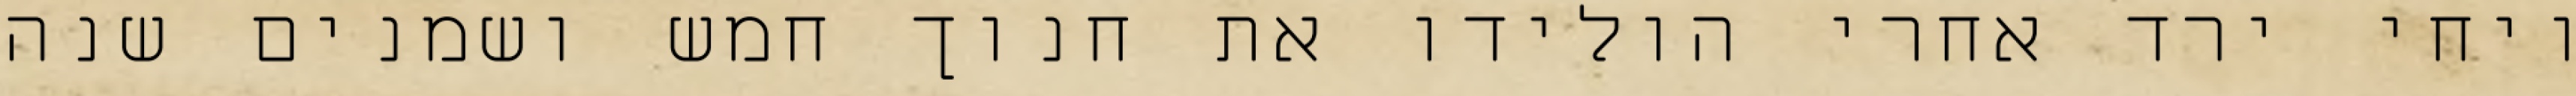
ויחי ירד אחרי הולידו את חנוך חמש ושמנים שנה